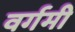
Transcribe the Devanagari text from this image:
वर्गमी